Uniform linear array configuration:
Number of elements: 48
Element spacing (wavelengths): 1
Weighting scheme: blackman
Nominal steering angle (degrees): -15
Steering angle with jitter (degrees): -15.142
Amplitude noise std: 0.05
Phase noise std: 0.05

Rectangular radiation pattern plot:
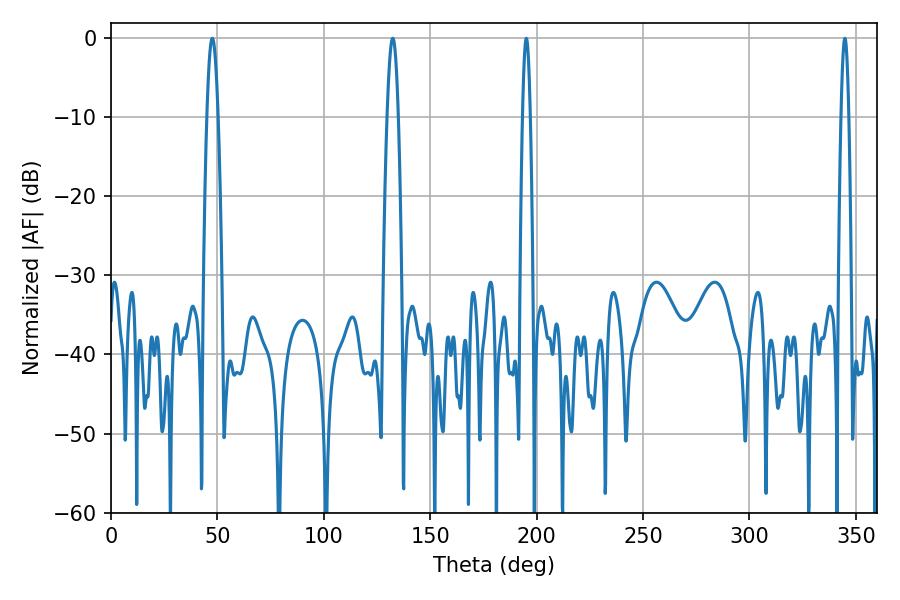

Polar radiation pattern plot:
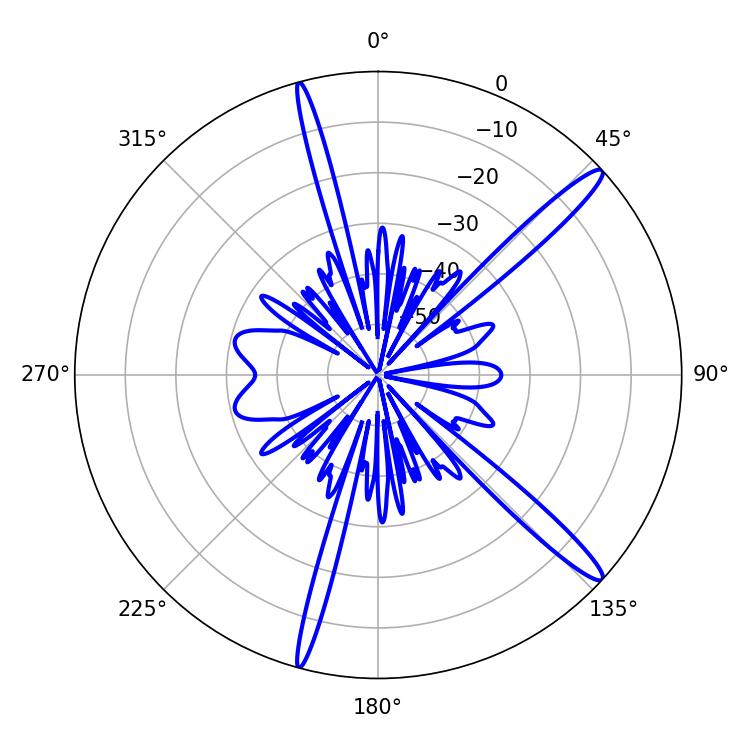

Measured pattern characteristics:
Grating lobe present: TRUE
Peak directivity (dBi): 15.16
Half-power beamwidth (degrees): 1.98
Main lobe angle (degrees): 195.12